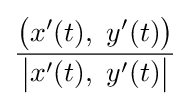
{\frac {{\big (}x'(t),\ y'(t){\big )}}{{\big |}x'(t),\ y'(t){\big |}}}